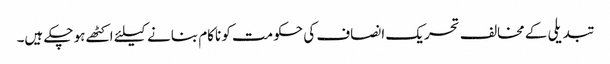
تبدیلی کے مخالف تحریک انصاف کی حکومت کو ناکام بنانے کیلئے اکٹھے ہو چکے ہیں۔